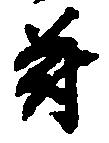
苻